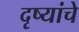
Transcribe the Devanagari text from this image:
दृष्यांचे